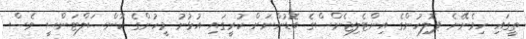
ތީގައި ހިމެނޭނެ ޕޮލިހުންގެ އިންޓެލިޖެންސްގެ ބޮޑުންނަށް ކުރީގައި އުޅުނު މީހުންގެ ކޮންސަލްޓަންސީ ވެސް